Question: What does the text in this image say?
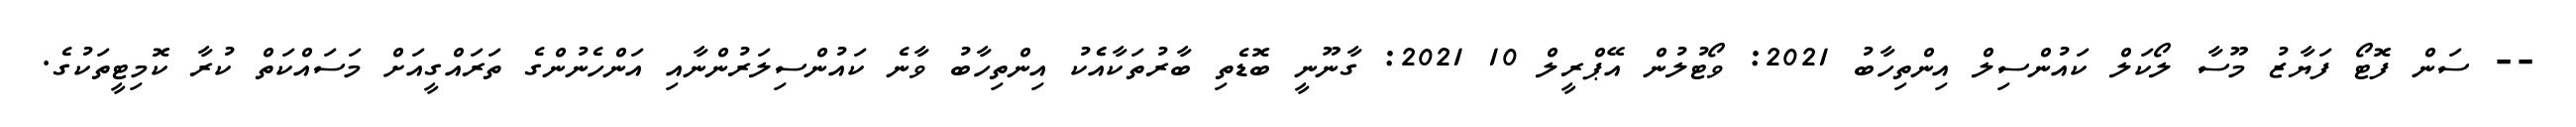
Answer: -- ސަން ފޮޓޯ ފަޔާޒު މޫސާ ލޯކަލް ކައުންސިލް އިންތިހާބު 2021: ވޯޓުލުން އޭޕްރީލް 10 2021: ގާނޫނީ ބޮޑެތި ބާރުތަކާއެެކު އިންތިހާބު ވާނެ ކައުންސިލަރުންނާއި އަންހެނުންގެ ތަރައްގީއަށް މަސައްކަތް ކުރާ ކޮމިޓީތަކުގެ.